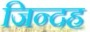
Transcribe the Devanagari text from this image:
जिन्दह